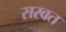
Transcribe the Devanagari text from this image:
सरवत